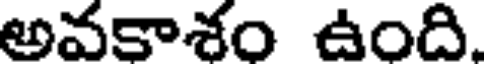
అవకాశం ఉంది.